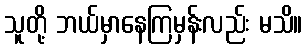
သူတို့ ဘယ်မှာနေကြမှန်းလည်း မသိ။